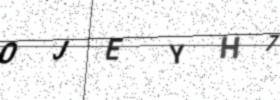
Text: OJEYH7